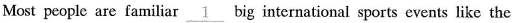
Most people are familiar \underline{ 1 } big international sports events like the